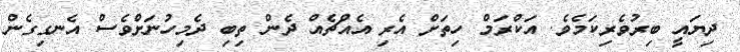
ދިޔައީ ބިރުވެރިކަމެވެ. އަކްރަމް ހިތަށް އެރި އެއްޗެއް ދެން ތިބި ދެމިހުނަށްވެސް އެނގިގެން